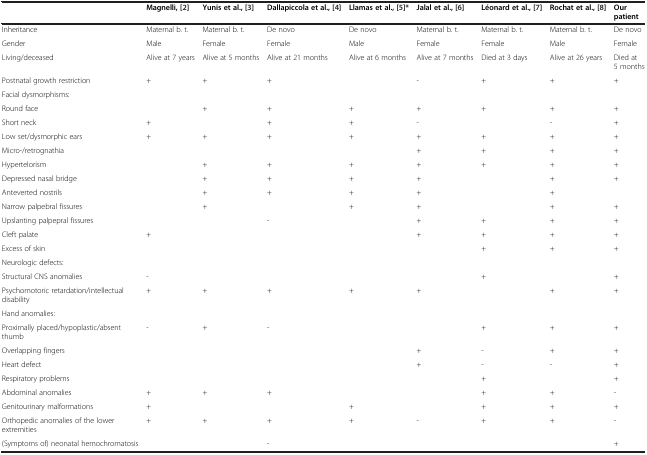
<table><thead><tr><td><b> </b></td><td><b>Magnelli, [2]</b></td><td><b>Yunis et al., [3]</b></td><td><b>Dallapiccola et al., [4]</b></td><td><b>Llamas et al., [5]*</b></td><td><b>Jalal et al., [6]</b></td><td><b>Léonard et al., [7]</b></td><td><b>Rochat et al., [8]</b></td><td><b>Our patient</b></td></tr></thead><tbody><tr><td>Inheritance</td><td>Maternal b. t.</td><td>Maternal b. t.</td><td>De novo</td><td>De novo</td><td>Maternal b. t.</td><td>Maternal b. t.</td><td>Maternal b. t.</td><td>De novo</td></tr><tr><td>Gender</td><td>Male</td><td>Female</td><td>Female</td><td>Male</td><td>Female</td><td>Female</td><td>Male</td><td>Female</td></tr><tr><td>Living/deceased</td><td>Alive at 7 years</td><td>Alive at 5 months</td><td>Alive at 21 months</td><td>Alive at 6 months</td><td>Alive at 7 months</td><td>Died at 3 days</td><td>Alive at 26 years</td><td>Died at 5 months</td></tr><tr><td>Postnatal growth restriction</td><td>+</td><td>+</td><td>+</td><td> </td><td>-</td><td>+</td><td>+</td><td>+</td></tr><tr><td>Facial dysmorphisms:</td><td> </td><td> </td><td> </td><td> </td><td> </td><td> </td><td> </td><td> </td></tr><tr><td>Round face</td><td> </td><td>+</td><td>+</td><td>+</td><td>+</td><td>+</td><td>+</td><td>+</td></tr><tr><td>Short neck</td><td>+</td><td> </td><td>+</td><td>+</td><td>-</td><td> </td><td>-</td><td>+</td></tr><tr><td>Low set/dysmorphic ears</td><td>+</td><td>+</td><td>+</td><td>+</td><td>+</td><td>+</td><td>+</td><td>+</td></tr><tr><td>Micro-/retrognathia</td><td> </td><td> </td><td> </td><td> </td><td>+</td><td>+</td><td>+</td><td>+</td></tr><tr><td>Hypertelorism</td><td> </td><td>+</td><td>+</td><td>+</td><td>+</td><td>+</td><td>+</td><td>+</td></tr><tr><td>Depressed nasal bridge</td><td> </td><td>+</td><td>+</td><td>+</td><td>+</td><td> </td><td>+</td><td>+</td></tr><tr><td>Anteverted nostrils</td><td> </td><td>+</td><td>+</td><td>+</td><td>+</td><td> </td><td>+</td><td> </td></tr><tr><td>Narrow palpebral fissures</td><td> </td><td>+</td><td> </td><td>+</td><td>+</td><td> </td><td>+</td><td>+</td></tr><tr><td>Upslanting palpepral fissures</td><td> </td><td> </td><td>-</td><td> </td><td>+</td><td>+</td><td>+</td><td>+</td></tr><tr><td>Cleft palate</td><td>+</td><td> </td><td> </td><td> </td><td>+</td><td>+</td><td>+</td><td>+</td></tr><tr><td>Excess of skin</td><td> </td><td> </td><td> </td><td> </td><td> </td><td>+</td><td>+</td><td>+</td></tr><tr><td>Neurologic defects:</td><td> </td><td> </td><td> </td><td> </td><td> </td><td> </td><td> </td><td> </td></tr><tr><td>Structural CNS anomalies</td><td>-</td><td> </td><td> </td><td> </td><td> </td><td>+</td><td> </td><td>+</td></tr><tr><td>Psychomotoric retardation/intellectual disability</td><td>+</td><td>+</td><td>+</td><td>+</td><td>+</td><td> </td><td>+</td><td>+</td></tr><tr><td>Hand anomalies:</td><td> </td><td> </td><td> </td><td> </td><td> </td><td> </td><td> </td><td> </td></tr><tr><td>Proximally placed/hypoplastic/absent thumb</td><td>-</td><td>+</td><td>-</td><td> </td><td> </td><td>+</td><td>+</td><td>+</td></tr><tr><td>Overlapping fingers</td><td> </td><td> </td><td> </td><td> </td><td>+</td><td>-</td><td>+</td><td>+</td></tr><tr><td>Heart defect</td><td> </td><td> </td><td> </td><td> </td><td>+</td><td>-</td><td>-</td><td>+</td></tr><tr><td>Respiratory problems</td><td> </td><td> </td><td> </td><td> </td><td> </td><td>+</td><td> </td><td>+</td></tr><tr><td>Abdominal anomalies</td><td>+</td><td>+</td><td>+</td><td> </td><td> </td><td>+</td><td>+</td><td>-</td></tr><tr><td>Genitourinary malformations</td><td>+</td><td> </td><td> </td><td>+</td><td> </td><td>+</td><td>+</td><td>+</td></tr><tr><td>Orthopedic anomalies of the lower extremities</td><td>+</td><td>+</td><td>+</td><td>+</td><td>-</td><td>+</td><td>+</td><td>-</td></tr><tr><td>(Symptoms of) neonatal hemochromatosis</td><td> </td><td> </td><td>-</td><td> </td><td> </td><td> </td><td> </td><td>+</td></tr></tbody></table>